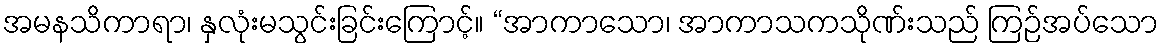
အမနသိကာရာ၊ နှလုံးမသွင်းခြင်းကြောင့်။ “အာကာသော၊ အာကာသကသိုဏ်းသည် ကြဉ်အပ်သော